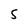
Character: S